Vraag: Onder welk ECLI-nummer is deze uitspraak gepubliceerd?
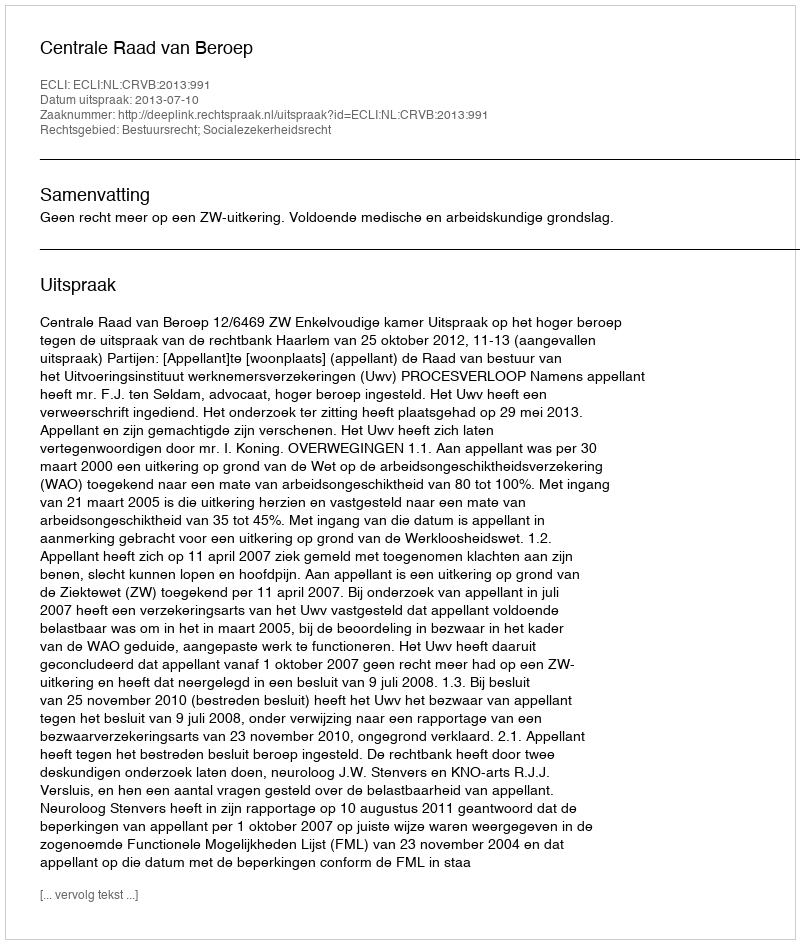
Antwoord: ECLI:NL:CRVB:2013:991